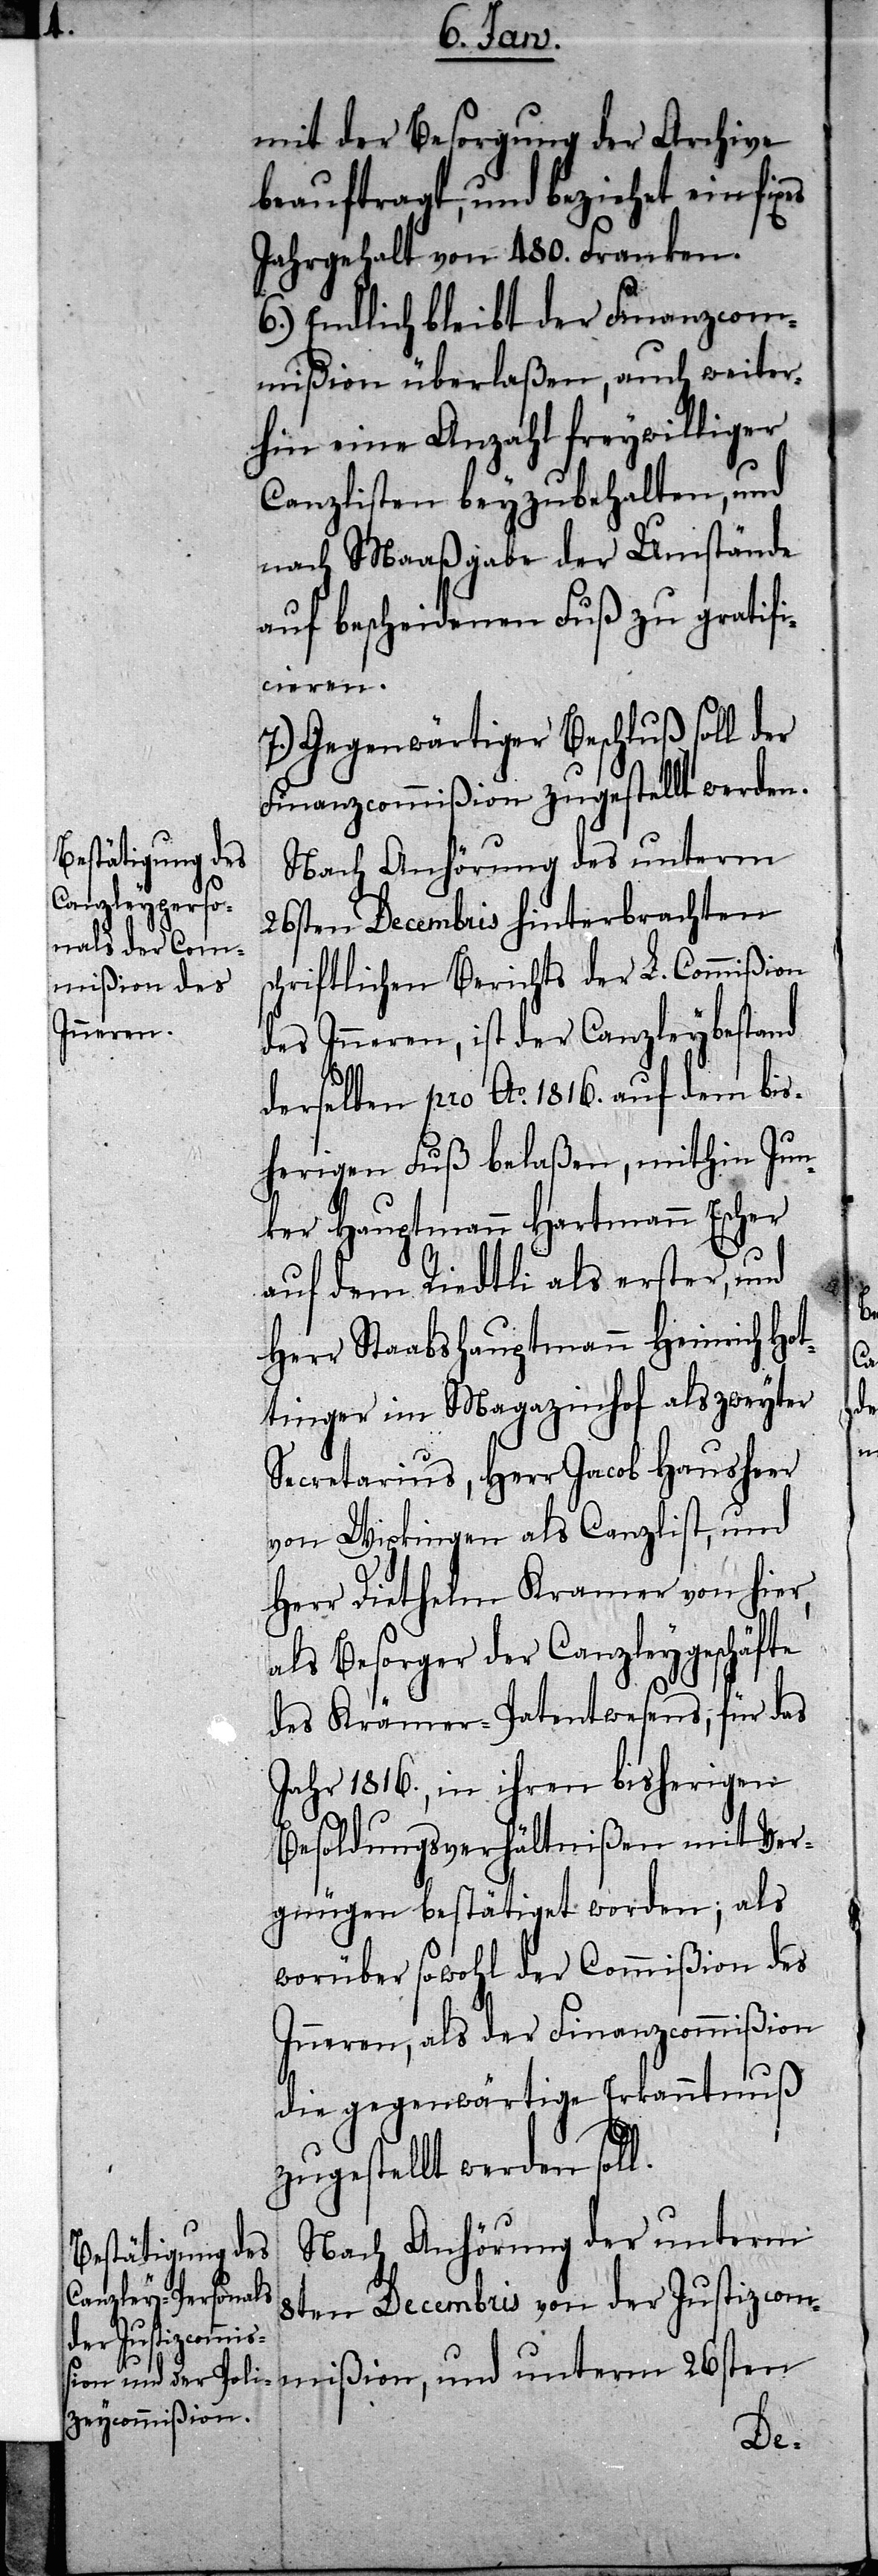
mit der Besorgung der Archive
beauftragt, und beziehet ein fixes
Jahrgehalt von 480. Franken.
6.) Endlich bleibt der Finanzcom¬
mißion überlaßen, auch weiter¬
hin eine Anzahl freywilliger
Canzlisten beyzubehalten, und
nach Maaßgabe der Umstände
auf bescheidenen Fuß zu gratifi¬
cieren.
7.) Gegenwärtiger Beschluß soll der
Finanzcommißion zugestellt werden.
Nach Anhörung des unterm
26sten Decembris hinterbrachten
schriftlichen Berichts der L. Commißion
des Inneren, ist der Canzleybestand
derselben pro Ao. 1816. auf dem bis¬
herigen Fuß belaßen, mithin Jun¬
ker Hauptmann Hartmann Escher
auf dem Riedtli als erster, und
Herr Staabshauptmann Heinrich Hot¬
tinger im Magazinhof als zweyter
Secretarius, Herr Jacob Hausheer
von Wipkingen als Canzlist, und
Herr Diethelm Kramer von hier,
als Besorger der Canzleygeschäfte
des Krämer-Patentwesens, für das
Jahr 1816., in ihren bisherigen
Besoldungsverhältnißen mit Ver¬
gnügen bestätiget worden; als
worüber sowohl der Commißion des
Inneren, als der Finanzcommißion
die gegenwärtige Erkanntnuß
zugestellt werden soll.
Nach Anhörung der unterm
8ten Decembris von der Justizcom¬
mißion, und unterm 26sten